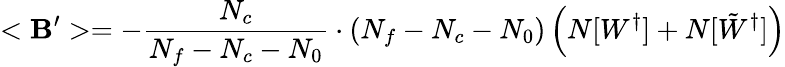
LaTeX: <\mathbf{B}^{\prime}>=-\frac{{N_{c}}}{{N_{f}-N_{c}-N_{0}}}\cdot(N_{f}-N_{c}-N_{0})\left(N[W^{\dagger}]+N[\tilde{{W}}^{\dagger}]\right)